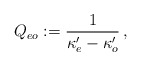
\begin{align*}Q_{eo}:={\frac{1}{\kappa _{e}^{\prime }-\kappa _{o}^{\prime }}}\,,\end{align*}